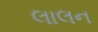
લાલન